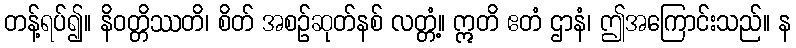
တန့်ရပ်၍။ နိဝတ္တိဿတိ၊ စိတ် အစဉ်ဆုတ်နစ် လတ္တံ့။ ဣတိ ဧတံ ဌာနံ၊ ဤအကြောင်းသည်။ န